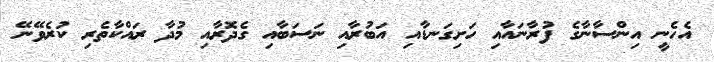
އެހެނީ އިންސާނާގެ ފުރާނައާއި ހަށިގަނޑާއި އަބުރާއި ނަސަބާއި ގެދޮރާއި މުދާ ރައްކާތެރި ކުރެވޭނޭ